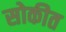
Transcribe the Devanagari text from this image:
सोकीत